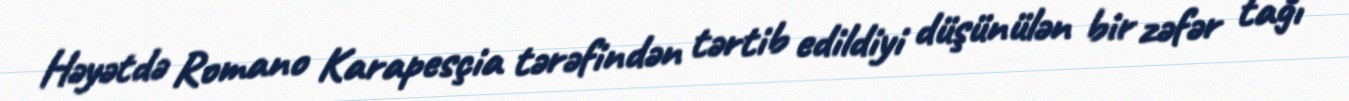
Həyətdə Romano Karapesçia tərəfindən tərtib edildiyi düşünülən bir zəfər tağı